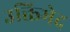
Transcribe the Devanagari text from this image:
उक्तिभेद